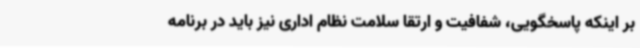
بر اینکه پاسخگویی، شفافیت و ارتقا سلامت نظام اداری نیز باید در برنامه